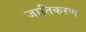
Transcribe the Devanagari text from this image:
जातिकरण